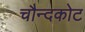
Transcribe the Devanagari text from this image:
चौन्दकोट